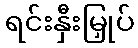
ရင်းနှီးမြှုပ်